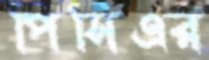
পিসিএর